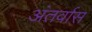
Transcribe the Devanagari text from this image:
अंतर्वास